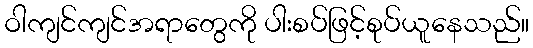
ဝါကျင်ကျင်အရာတွေကို ပါးစပ်ဖြင့်စုပ်ယူနေသည်။